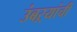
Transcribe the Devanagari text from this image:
उंबऱ्यांची